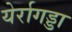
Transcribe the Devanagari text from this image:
येर्रागड्डा